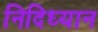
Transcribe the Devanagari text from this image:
निदिध्यान